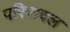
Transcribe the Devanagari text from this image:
परिपादल